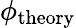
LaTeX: \phi_{\mathrm{theory}}